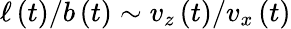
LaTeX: \ell\left(t\right)/b\left(t\right)\sim v_{z}\left(t\right)/v_{x}\left(t\right)